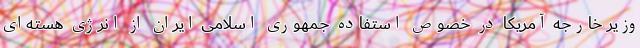
وزیر خارجه آمریکا در خصوص استفاده جمهوری اسلامی ایران از انرژی هسته‌ای